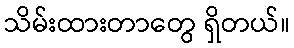
သိမ်းထားတာတွေ ရှိတယ်။